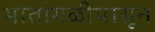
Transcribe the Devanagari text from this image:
भातांगळीपासून